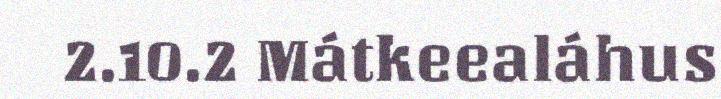
2.10.2 Mátkeealáhus